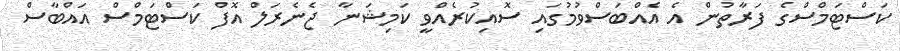
ކަސްޓަމްސްގެ ފަރާތުން އެ އެއްބަސްވުމުގައި ސޮއިކުރެއްވީ ކަމިޝަނާ ޖެނެރަލް އޮފް ކަސްޓަމްސް އައްބާސް